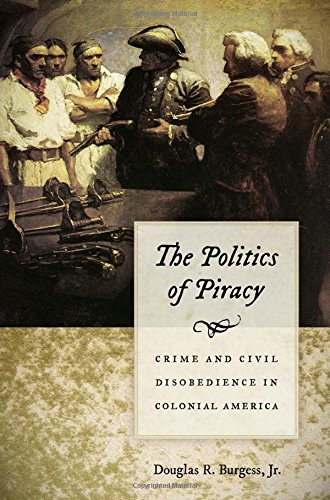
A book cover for The Politics of Piracy: Crime and Civil Disobedience in Colonial America; Douglas R. Burgess Jr.; Law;